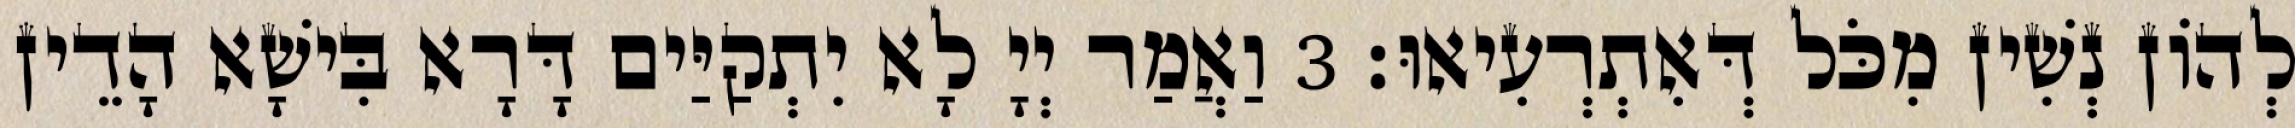
לְהוֹן נְשִׁין מִכֹּל דְּאִתְרְעִיאוּ׃ 3 וַאֲמַר יְיָ לָא יִתְקַיַּים דָּרָא בִּישָׁא הָדֵין